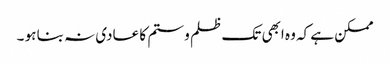
ممکن ہے کہ وہ ابھی تک ظلم و ستم کا عادی نہ بنا ہو ۔